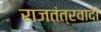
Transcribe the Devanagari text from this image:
राजतंत्रवादी